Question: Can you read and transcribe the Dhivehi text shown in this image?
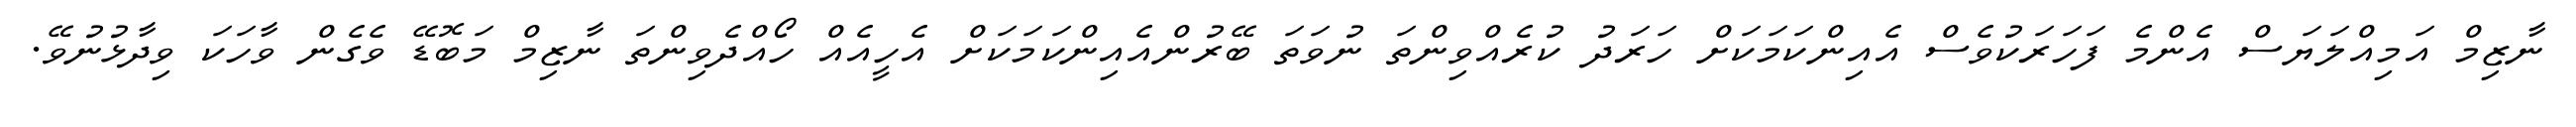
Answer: ނާޒިމް އަމިއްލަޔަސް އެންމެ ފަހަރަކުވެސް އެއިންކަމަކަށް ހަރަދު ކުރެއްވިންތަ ނުވަތަ ބޭރުންއެއިންކަމަކަށް އެހީއެއް ހޯއްދެވިންތަ ނާޒިމް މަބޮޑޭ ވެގެން ވާހަކަ ވިދާޅުނުވޭ.